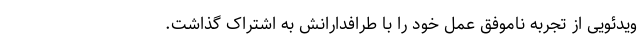
ویدئویی از تجربه ناموفق عمل خود را با طرافدارانش به اشتراک گذاشت.